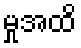
မှုအထိ